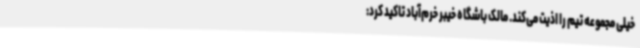
خیلی مجموعه تیم را اذیت می‌کند. مالک باشگاه خیبر خرم‌آباد تاکید کرد: